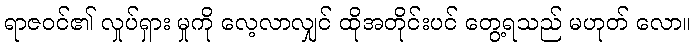
ရာဇဝင်၏ လှုပ်ရှား မှုကို လေ့လာလျှင် ထိုအတိုင်းပင် တွေ့ရသည် မဟုတ် လော။